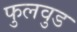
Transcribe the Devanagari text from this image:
फुलवुड